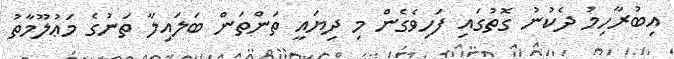
އިބުރާހިމު ދެކުނު ގޮތުގައި ފަހިވެގެން މި ދިޔައީ ތަންތަން ބަލައިލާ ތަނުގެ މަޢުލޫމާތު